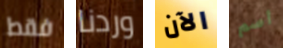
فقط وردنا الآن اسم